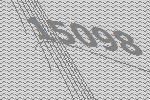
15098